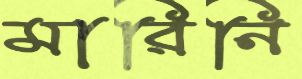
মারিনি